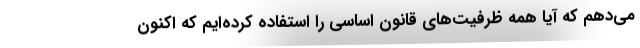
می‌دهم که آیا همه ظرفیت‌های قانون اساسی را استفاده کرده‌ایم که اکنون